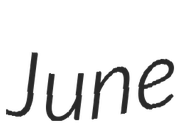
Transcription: June